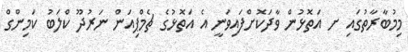
މިމުބާރާތުގައި ށ އަތޮޅުން ވާދަކޮށްފައިވަނީ އެ އަތޮޅުގެ ޗެމްޕިއަން ނަރުދޫ ކްލަބު ކަމިންގް